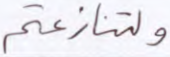
ولتنازعتم